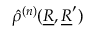
\hat { \rho } ^ { ( n ) } ( \underline { { R } } , \underline { { R } } ^ { \prime } )